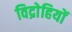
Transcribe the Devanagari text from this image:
विद्राेहियों